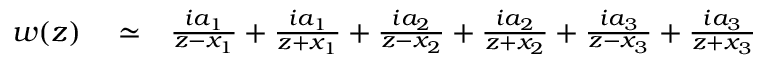
\begin{array} { r l r } { w ( z ) } & { { } \simeq } & { \frac { i a _ { 1 } } { z - x _ { 1 } } + \frac { i a _ { 1 } } { z + x _ { 1 } } + \frac { i a _ { 2 } } { z - x _ { 2 } } + \frac { i a _ { 2 } } { z + x _ { 2 } } + \frac { i a _ { 3 } } { z - x _ { 3 } } + \frac { i a _ { 3 } } { z + x _ { 3 } } } \end{array}